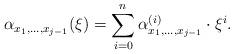
LaTeX: \begin{align*}\alpha_{x_1,\ldots,x_{j-1}}(\xi)=\sum_{i=0}^n\alpha^{(i)}_{x_1,\ldots,x_{j-1}} \cdot \xi^i.\end{align*}